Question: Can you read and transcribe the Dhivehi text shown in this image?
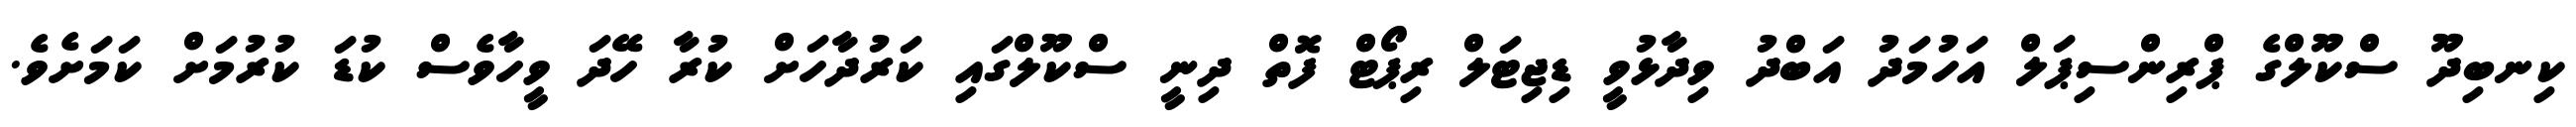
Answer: ކިނބިދޫ ސްކޫލްގެ ޕްރިންސިޕަލް އަހުމަދު އަބްދު ވިދާޅުވީ ޑިޖިޓަލް ރިޕޯޓް ފޮތް ދިނީ ސްކޫލްގައި ކަރުދާހަށް ކުރާ ހޭދަ ވީހާވެސް ކުޑަ ކުރުމަށް ކަމަށެވެ.